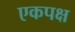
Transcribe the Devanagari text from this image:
एकपक्ष